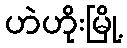
ဟဲဟိုးမြို့